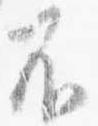
不